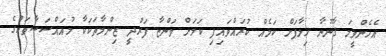
އެހެންވީމަ ޤާނޫނާ ޚިލާފަށް ކަމެއް ކުރައްވައިފި ކަމަށް ވަންޏާ ފަރުދީ ޒިންމާތަކަކާ މުއައްސަސާތަކުގެ